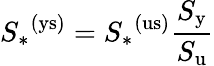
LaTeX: {S_{*}}^{\mathrm{(ys)}}={S_{*}}^{\mathrm{(us)}}\frac{S_{\mathrm{y}}}{S_{\mathrm{u}}}